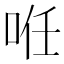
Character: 𠲏